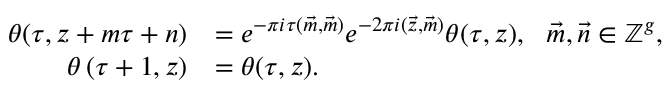
\begin{array} { r l } { \theta ( \tau , \boldsymbol { z } + \boldsymbol { m } \tau + \boldsymbol { n } ) } & { = e ^ { - \pi i \tau ( \vec { m } , \vec { m } ) } e ^ { - 2 \pi i ( \vec { z } , \vec { m } ) } \theta ( \tau , \boldsymbol { z } ) , \ \ \vec { m } , \vec { n } \in \mathbb { Z } ^ { g } , } \\ { \theta \left( \tau + 1 , \boldsymbol { z } \right) } & { = \theta ( \tau , \boldsymbol { z } ) . } \end{array}